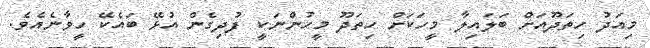
މިއަދު ހިތަދޫއަށް ބަލައިލާ މީހަކަށް ހިތަދޫ މީހުންނަކީ ފުދިގެން އުޅޭ ބައެކޭ ހީވާނެއެވެ.